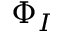
\Phi _ { I }